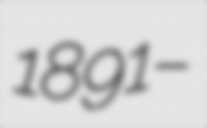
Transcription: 1891 –